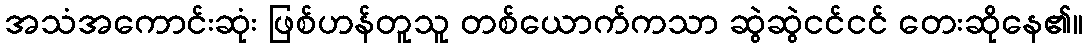
အသံအကောင်းဆုံး ဖြစ်ဟန်တူသူ တစ်ယောက်ကသာ ဆွဲဆွဲငင်ငင် တေးဆိုနေ၏။